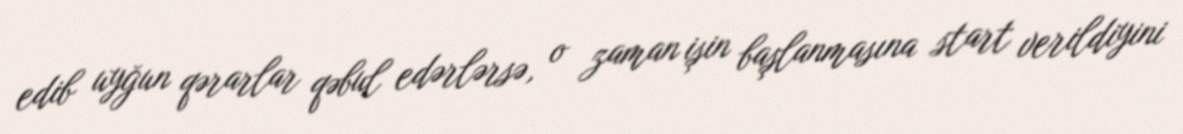
edib uyğun qərarlar qəbul edərlərsə, o zaman işin başlanmasına start verildiyini